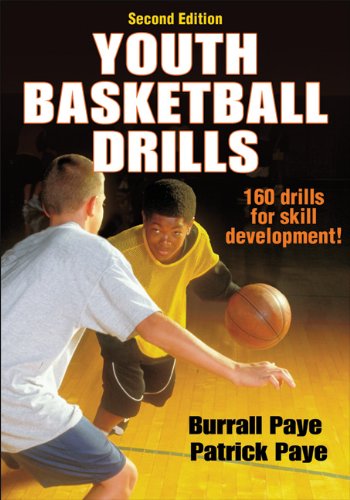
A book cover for Youth Basketball Drills-2nd Edition; Burrall Paye; Sports & Outdoors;